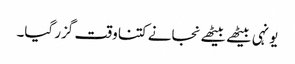
یونہی بیٹھے بیٹھے نجانے کتنا وقت گزر گیا۔